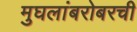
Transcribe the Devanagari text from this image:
मुघलांबरोबरची